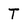
Character: T